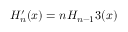
H _ { n } ^ { \prime } ( x ) = n H _ { n - 1 } 3 ( x )